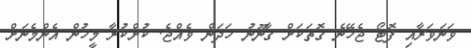
ވަނަވަރާއި ފޮޓޯ ޖެހޭނެ ގޮތަކަށް ގާނޫނު ހަދަން ވެއްޖެ. ކުށްކުރާ މީހުން އެންމެނަށް